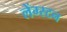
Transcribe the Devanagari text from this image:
लेंग्स्टन